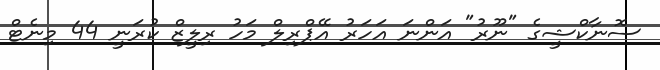
ސޮނާކްޝީގެ "ނޫރު" އަންނަ އަހަރު އޭޕްރިލް މަހު ރިލީޒް ކުރަނީ 44 މިނެޓް